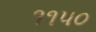
૧૧૫૦